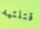
قتلتيه